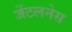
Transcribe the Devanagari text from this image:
जेंटलनेस